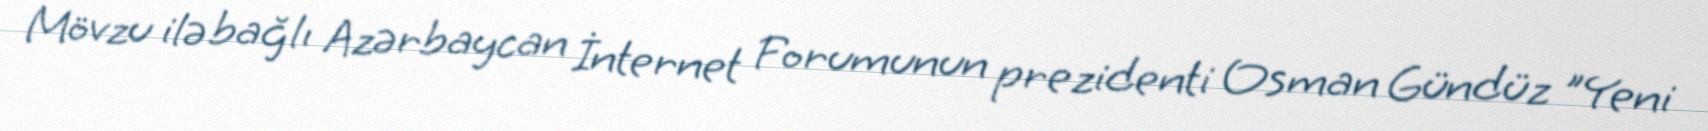
Mövzu ilə bağlı Azərbaycan İnternet Forumunun prezidenti Osman Gündüz "Yeni